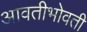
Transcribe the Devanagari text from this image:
आवतीभोवती